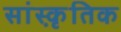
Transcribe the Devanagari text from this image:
सांस्कृ़तिक